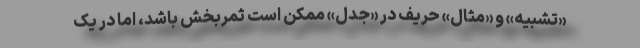
«تشبیه» و «مثالِ» حریف در «جَدَل» ممکن است ثمربخش باشد، اما در یک